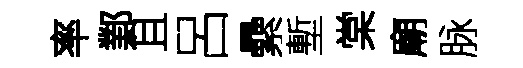
率鄴且呂纍塹棠廟脉